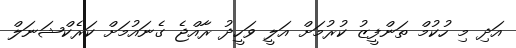
އަދި މި ހުކުމް ތަންފީޒު ކުރުމަށް އަލީ ވަހީދު ރާއްޖެ ގެނައުމަށް ކަރެކްޝަނަލް